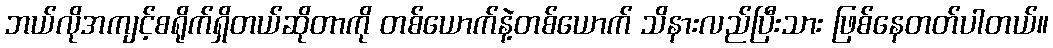
ဘယ်လိုအကျင့်စရိုက်ရှိတယ်ဆိုတာကို တစ်ယောက်နဲ့တစ်ယောက် သိနားလည်ပြီးသား ဖြစ်နေတတ်ပါတယ်။